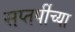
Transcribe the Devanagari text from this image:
सप्तर्षीच्या